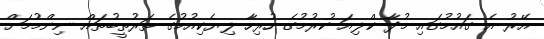
އޭރު އެ ގައުމުގައި މުދާ ކްލިއަ ކުރުމުގެ ހުރިހާ ލިޔެކިއުމުގެ ތަރުތީބުތައް ނިންމުމަށް